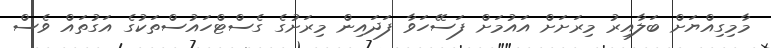
މާމިގިއްޔަށް ބަލާއިރު މިރަށަށް އައުމަށް ފަސޭހަވާ ފަދައިން މިރަށުގެ ގެސްޓްހައުސްތަކުގެ އަގުތައް ވެސް